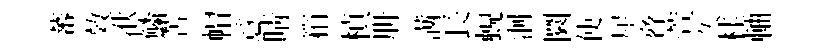
蕃效洑鱗苦帽意睛箱楨册满長蜺洄圜使犀脅萱久桂軸